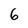
Character: 6